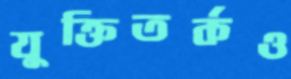
যুক্তিতর্কও